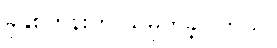
ခုနှစ်တုန်းက သမုတ်ခဲ့ပါတယ်။